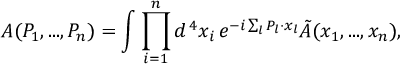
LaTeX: { \cal A } ( P _ { 1 } , . . . , P _ { n } ) = \int \prod _ { i = 1 } ^ { n } d ^ { \, 4 } x _ { i } \, e ^ { - i \sum _ { l } P _ { l } \cdot x _ { l } } \tilde { A } ( x _ { 1 } , . . . , x _ { n } ) ,